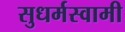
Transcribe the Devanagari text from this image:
सुधर्मस्वामी